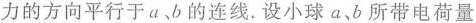
力的方向平行于ab的连线。设小球a、b所带电荷量